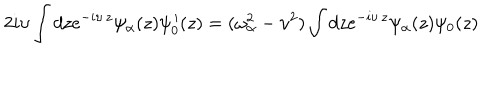
2 i \upsilon \int d z e ^ { - i \upsilon \, z } \psi _ { \alpha } ( z ) \psi _ { 0 } ^ { \, \prime } ( z ) = ( \omega _ { \alpha } ^ { 2 } - \upsilon ^ { 2 } ) \int d z e ^ { - i \upsilon \, z } \psi _ { \alpha } ( z ) \psi _ { 0 } ( z )